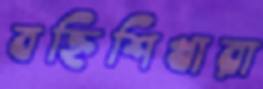
বহ্নিশিখারা